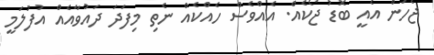
ޖެހުން އެއީ ބޮޑު ޖޯކެއް. އެއްވެސް ހެއްކެއް ނެތި މިފަދަ ދައުވާއެއް އުފުލަމީ